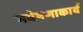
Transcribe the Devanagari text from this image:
गवेषणाकार्य